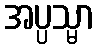
အပ္ပသ္မာ